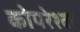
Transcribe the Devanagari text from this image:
कोपरेश्वर